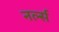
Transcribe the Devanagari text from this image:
नर्ल्स